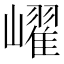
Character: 𡽢